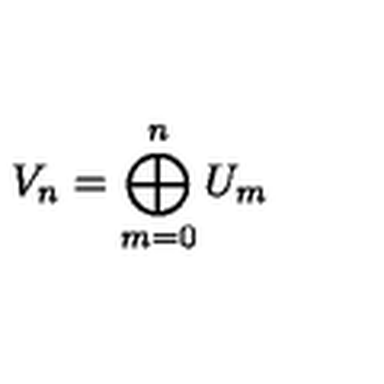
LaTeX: V _ { n } = \bigoplus _ { m = 0 } ^ { n } U _ { m }